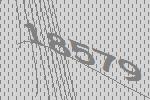
18579